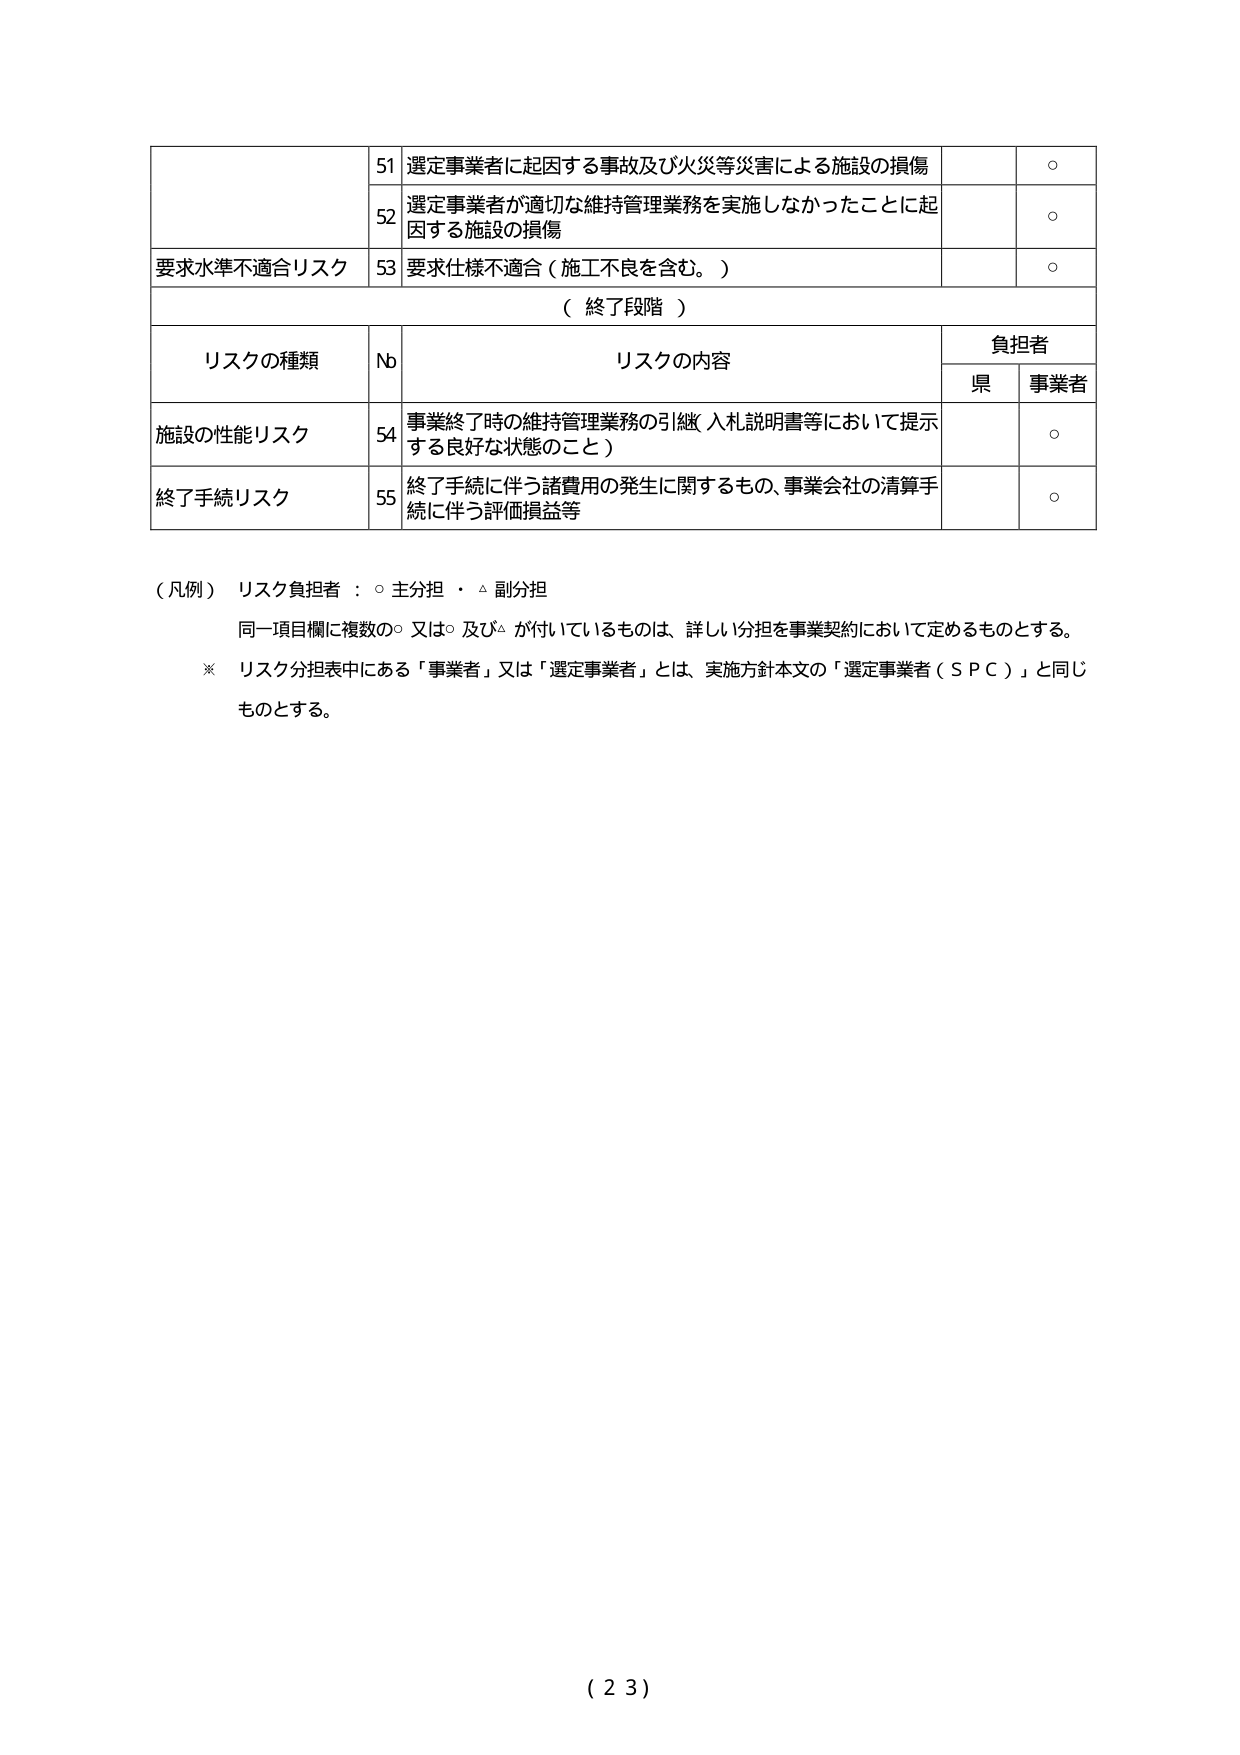
51 選定事業者に起因する事故及び火災等災害による施設の損傷 ○
52 選定事業者が適切な維持管理業務を実施しなかったことに起因する施設の損傷 ○
要求水準不適合リスク 53 要求仕様不適合（施工不良を含む。） ○
（終了段階）
リスクの種類 № リスクの内容 負担者
県 事業者
施設の性能リスク 54 事業終了時の維持管理業務の引継（入札説明書等において提示する良好な状態のこと） ○
終了手続リスク 55 終了手続に伴う諸費用の発生に関するもの、事業会社の清算手続に伴う評価損益等 ○
（凡例） リスク負担者：○ 主分担 ・ △ 副分担
同一項目欄に複数の○ 又は○ 及び△ が付いているものは、詳しい分担を事業契約において定めるものとする。
※ リスク分担表中にある「事業者」又は「選定事業者」とは、実施方針本文の「選定事業者（ＳＰＣ）」と同じものとする。
（２３）